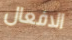
الافعال